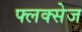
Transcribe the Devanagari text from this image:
फ्लक्‍सेज